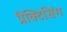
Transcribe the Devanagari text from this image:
प्रैक्टिसिंग